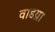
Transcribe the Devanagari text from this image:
वाडय़ा